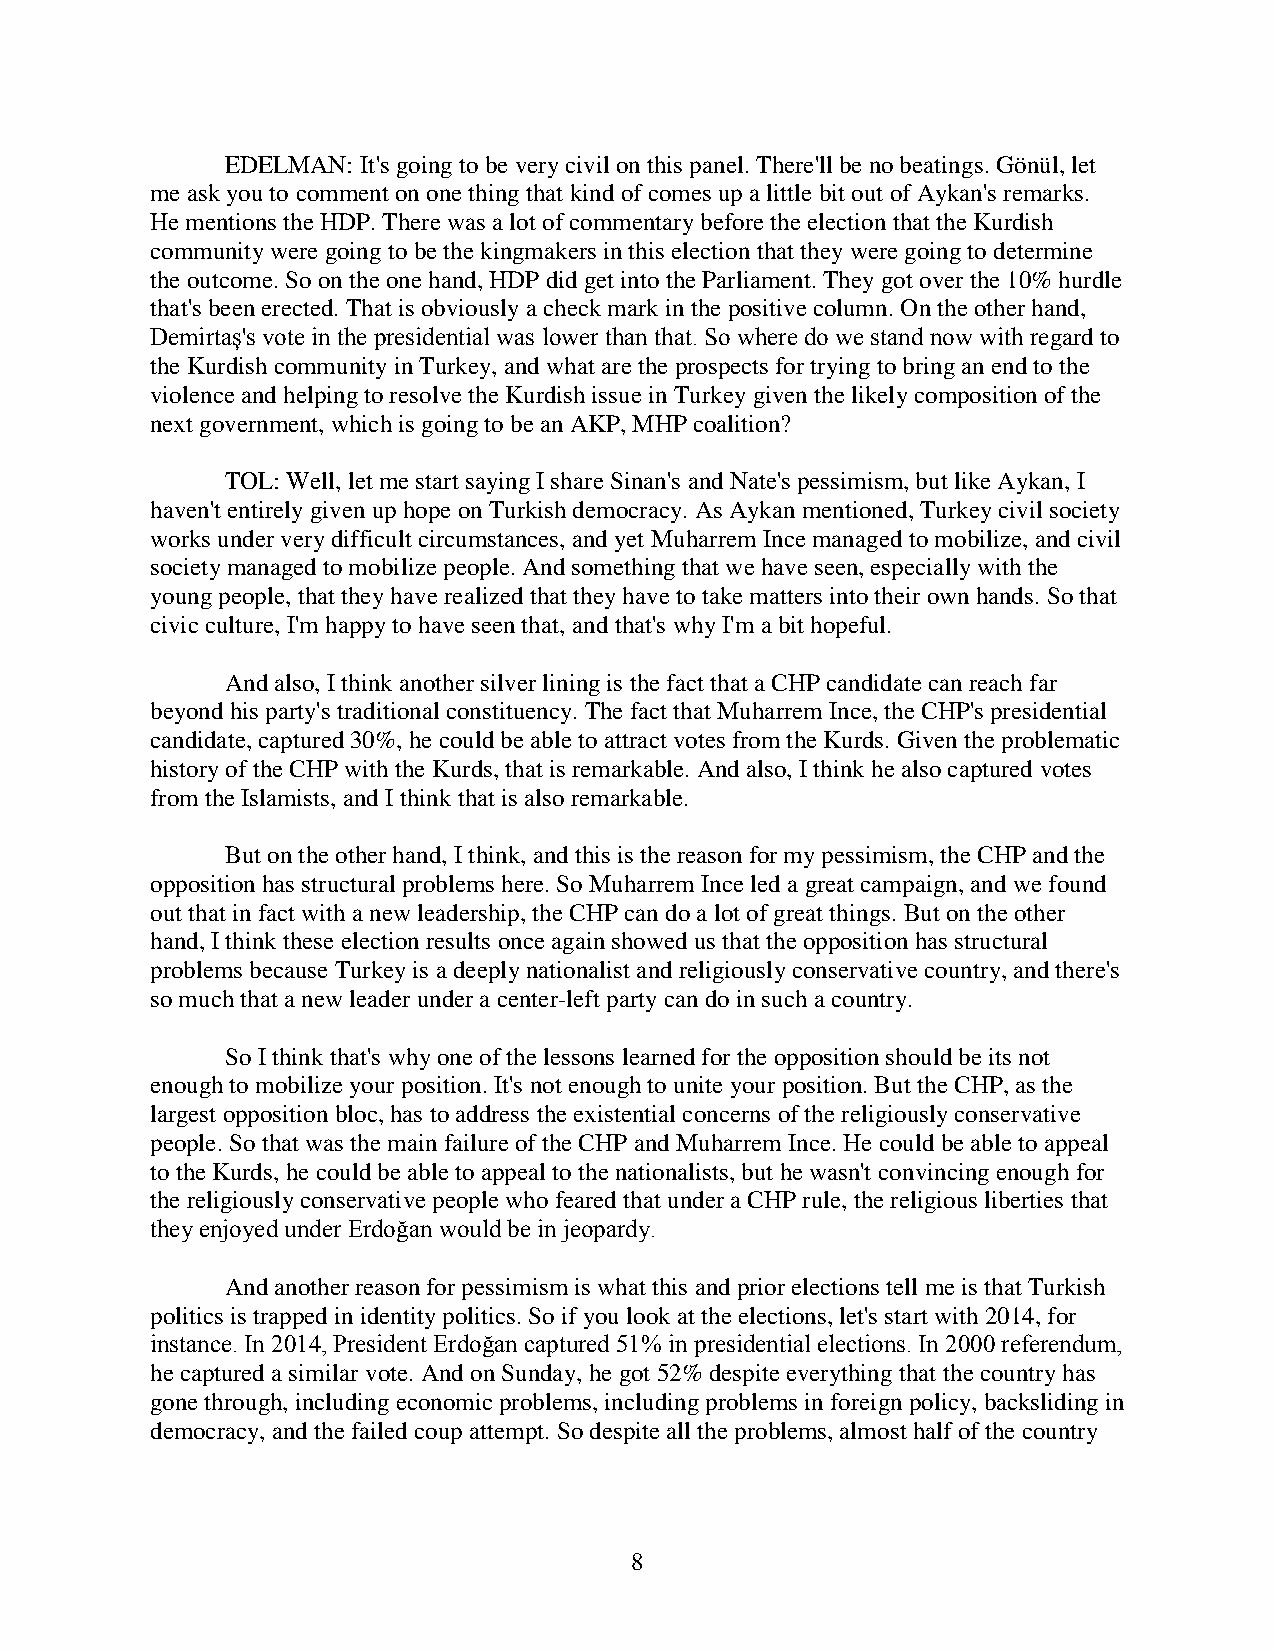
EDELMAN: It's going to be very civil on this panel. There'll be no beatings. Gönül, let
 me ask you to comment on one thing that kind of comes up a little bit out of Aykan's remarks.
 He mentions the HDP. There was a lot of commentary before the election that the Kurdish
 community were going to be the kingmakers in this election that they were going to determine
 the outcome. So on the one hand, HDP did get into the Parliament. They got over the 10% hurdle
 that's been erected. That is obviously a check mark in the positive column. On the other hand,
 Demirtaş's vote in the presidential was lower than that. So where do we stand now with regard to
 the Kurdish community in Turkey, and what are the prospects for trying to bring an end to the
 violence and helping to resolve the Kurdish issue in Turkey given the likely composition of the
 next government, which is going to be an AKP, MHP coalition?
 TOL: Well, let me start saying I share Sinan's and Nate's pessimism, but like Aykan, I
 haven't entirely given up hope on Turkish democracy. As Aykan mentioned, Turkey civil society
 works under very difficult circumstances, and yet Muharrem Ince managed to mobilize, and civil
 society managed to mobilize people. And something that we have seen, especially with the
 young people, that they have realized that they have to take matters into their own hands. So that
 civic culture, I'm happy to have seen that, and that's why I'm a bit hopeful.
 And also, I think another silver lining is the fact that a CHP candidate can reach far
 beyond his party's traditional constituency. The fact that Muharrem Ince, the CHP's presidential
 candidate, captured 30%, he could be able to attract votes from the Kurds. Given the problematic
 history of the CHP with the Kurds, that is remarkable. And also, I think he also captured votes
 from the Islamists, and I think that is also remarkable.
 But on the other hand, I think, and this is the reason for my pessimism, the CHP and the
 opposition has structural problems here. So Muharrem Ince led a great campaign, and we found
 out that in fact with a new leadership, the CHP can do a lot of great things. But on the other
 hand, I think these election results once again showed us that the opposition has structural
 problems because Turkey is a deeply nationalist and religiously conservative country, and there's
 so much that a new leader under a center-left party can do in such a country.
 So I think that's why one of the lessons learned for the opposition should be its not
 enough to mobilize your position. It's not enough to unite your position. But the CHP, as the
 largest opposition bloc, has to address the existential concerns of the religiously conservative
 people. So that was the main failure of the CHP and Muharrem Ince. He could be able to appeal
 to the Kurds, he could be able to appeal to the nationalists, but he wasn't convincing enough for
 the religiously conservative people who feared that under a CHP rule, the religious liberties that
 they enjoyed under Erdoğan would be in jeopardy.
 And another reason for pessimism is what this and prior elections tell me is that Turkish
 politics is trapped in identity politics. So if you look at the elections, let's start with 2014, for
 instance. In 2014, President Erdoğan captured 51% in presidential elections. In 2000 referendum,
 he captured a similar vote. And on Sunday, he got 52% despite everything that the country has
 gone through, including economic problems, including problems in foreign policy, backsliding in
 democracy, and the failed coup attempt. So despite all the problems, almost half of the country
 8